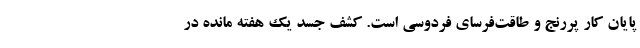
پایان کار پررنج و طاقت‌فرسای فردوسی است. کشف جسدِ یک هفته مانده در